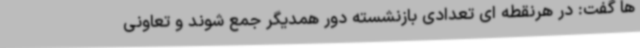
ها گفت: در هرنقطه ای تعدادی بازنشسته دور همدیگر جمع شوند و تعاونی